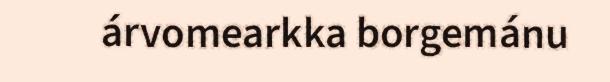
árvomearkka borgemánu